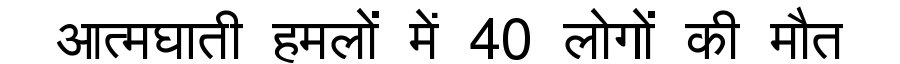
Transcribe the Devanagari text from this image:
आत्मघाती हमलों में 40 लोगों की मौत